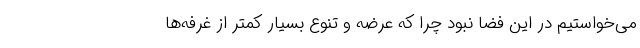
می‌خواستیم در این فضا نبود چرا که عرضه و تنوع بسیار کمتر از غرفه‌ها